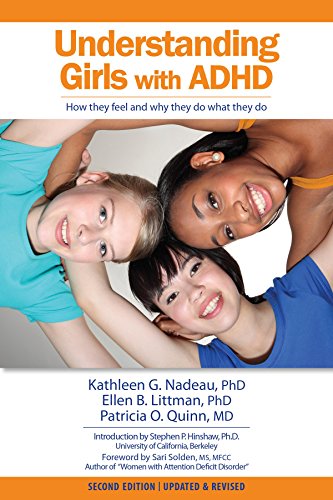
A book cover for Understanding Girls With AD/HD; Kathleen G. Nadeau; Health, Fitness & Dieting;